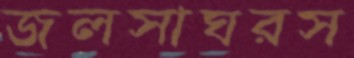
জলসাঘরস